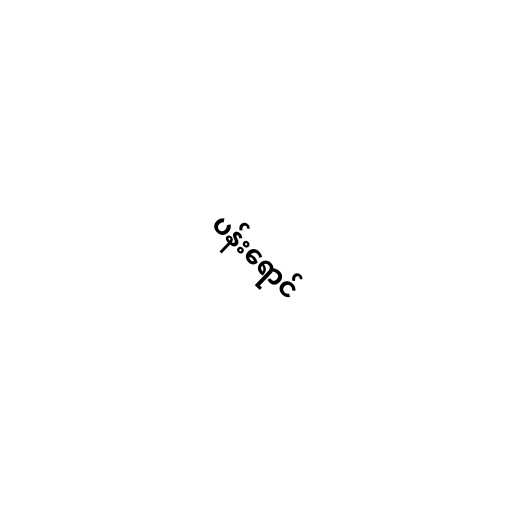
ပန်းရောင်